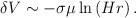
\begin{align*}\delta V\sim -\sigma \mu \ln \left( Hr\right) . \end{align*}